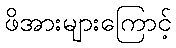
ဖိအားများကြောင့်